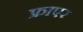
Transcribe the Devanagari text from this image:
फ्राएर